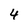
Character: 4